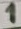
Text: 1